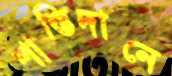
শাস্তিদানে